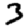
Digit: 3